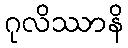
ဂုလိဿာနိ